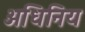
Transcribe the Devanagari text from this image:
अधिनिय